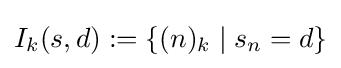
I_{k}(s,d):=\{(n)_{k}\mid s_{n}=d\}